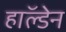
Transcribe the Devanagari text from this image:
हाॅल्डेन